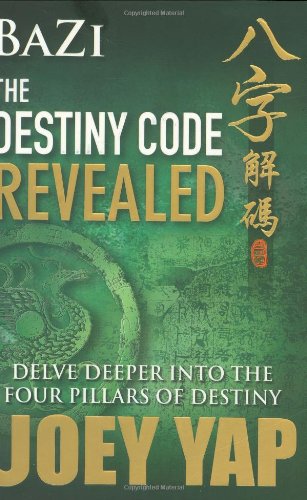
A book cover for Bazi The Destiny Code Revealed - Delve Deeper into the Four Pillars of Destiny; Joey Yap; Religion & Spirituality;